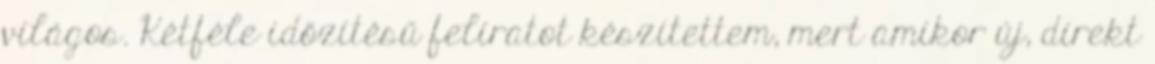
világos. Kétféle időzítésű feliratot készítettem, mert amikor új, direkt